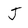
Character: J